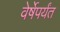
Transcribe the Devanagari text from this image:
वेर्षेपर्यंत